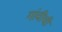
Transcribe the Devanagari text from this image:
गांवीची